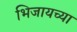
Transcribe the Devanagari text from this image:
भिजायच्या